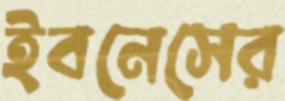
ইবনেসের